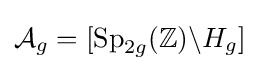
{\mathcal {A}}_{g}=[\operatorname {Sp} _{2g}(\mathbb {Z} )\backslash H_{g}]